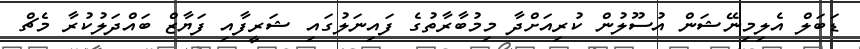
ޑަބަލް އެލިމިނޭޝަން އުސޫލުން ކުރިއަށްދާ މިމުބާރާތުގެ ފައިނަލުގައި ޝަރީފާއި ފަޔާޒް ބައްދަލުކުރާ މެޗް